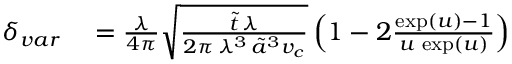
\begin{array} { r l } { \delta _ { v a r } } & { { } = \frac { \lambda } { 4 \pi } \sqrt { \frac { \tilde { t } \, \lambda } { 2 \pi \, \lambda ^ { 3 } \, \tilde { a } ^ { 3 } v _ { c } } } \left( 1 - 2 \frac { \exp ( u ) - 1 } { u \, \exp ( u ) } \right) } \end{array}